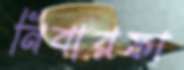
নিবারফা